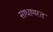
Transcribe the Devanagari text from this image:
साधाणरत